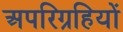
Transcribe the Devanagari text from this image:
अपरिग्रहियों